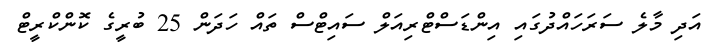
އަދި މާލެ ސަރަހައްދުގައި އިންޑަސްޓްރިއަލް ސައިޓްސް ތައް ހަދަން 25 ބުރީގެ ކޮންކްރީޓް